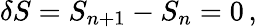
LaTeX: \delta S=S_{n+1}-S_{n}=0\, ,